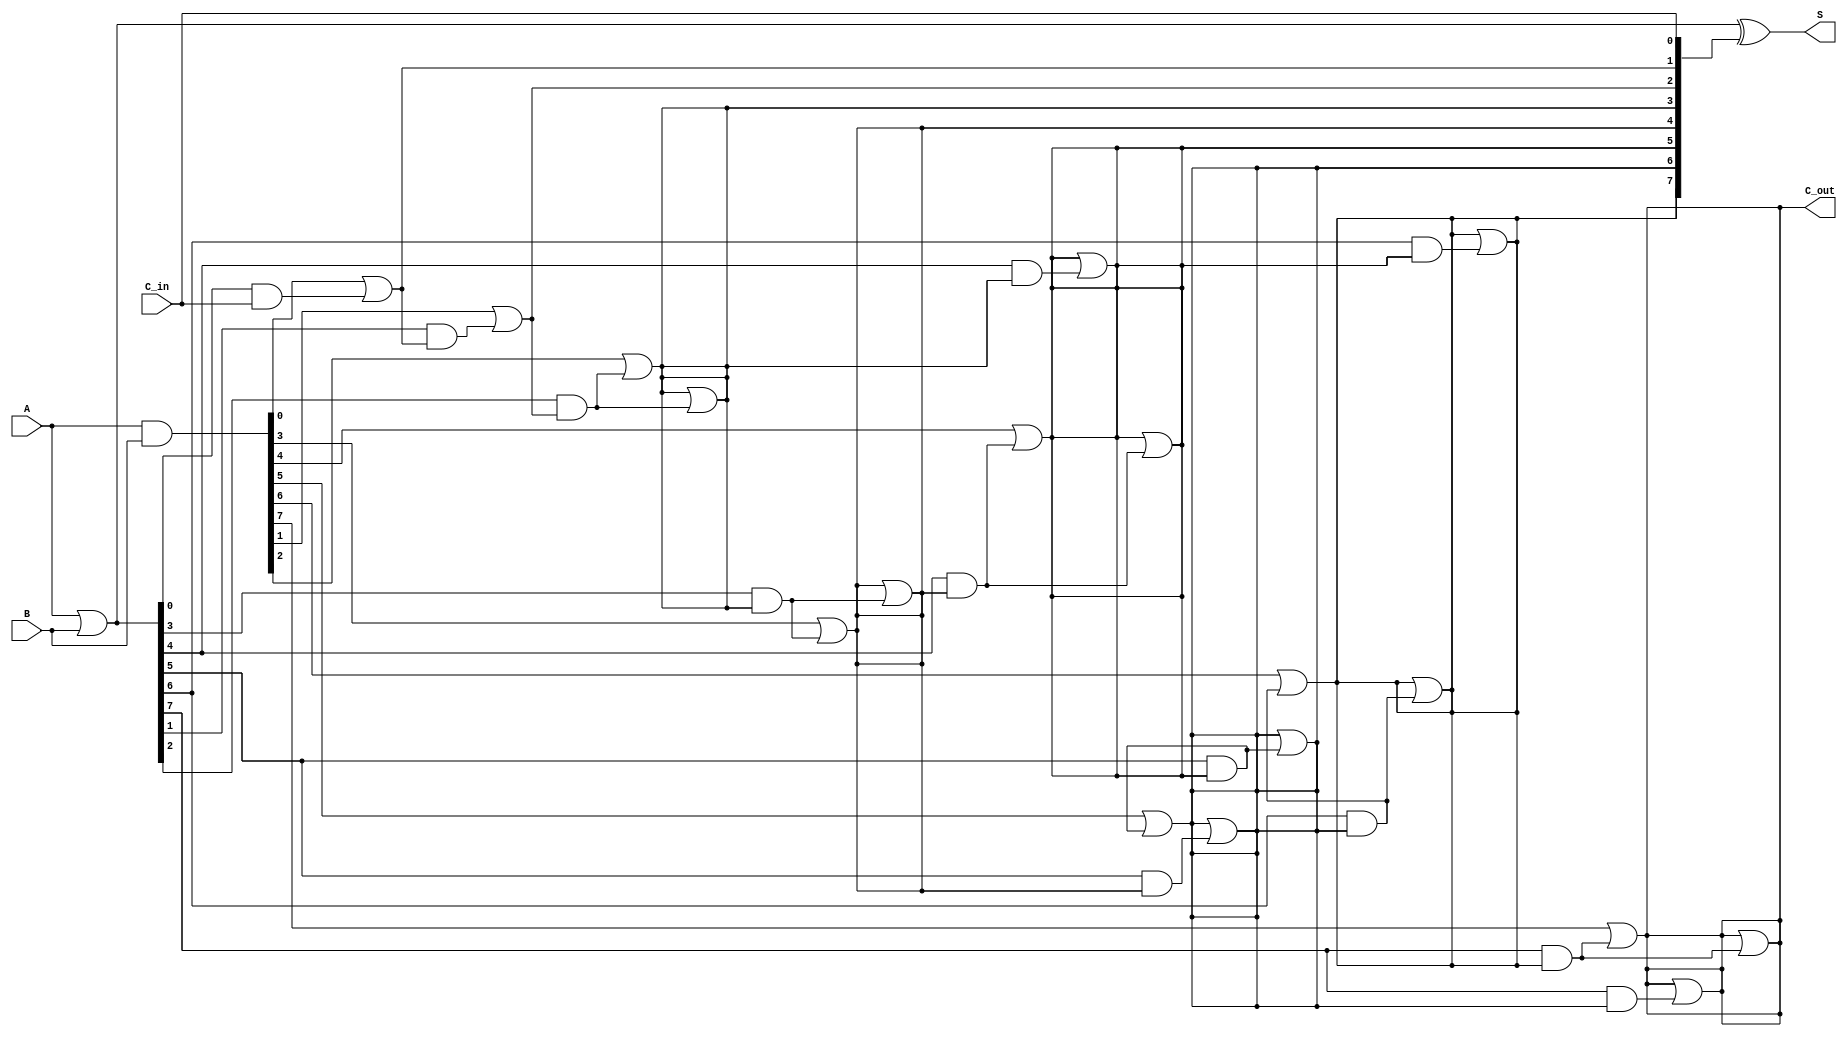
module KoggeStoneAdder #(parameter N = 8) (
    input  [N-1:0] A,    // First operand
    input  [N-1:0] B,    // Second operand
    input          C_in,  // Carry in
    output [N-1:0] S,     // Sum output
    output         C_out   // Carry out
);

    // Generate and Propagate signals
    wire [N-1:0] G; // Generate
    wire [N-1:0] P; // Propagate
    wire [N:0] C;   // Carry bits

    // Generate and Propagate calculations
    assign G = A & B;          // Generate
    assign P = A | B;          // Propagate

    // Carry initialization
    assign C[0] = C_in;

    // Carry generation using Kogge-Stone logic
    genvar i, j;
    generate
        // Level 1
        for (i = 0; i < N; i = i + 1) begin : level1
            if (i == 0) begin
                assign C[i + 1] = G[i] | (P[i] & C[0]);
            end else begin
                assign C[i + 1] = G[i] | (P[i] & C[i]);
            end
        end

        // Higher levels
        for (j = 1; j < $clog2(N); j = j + 1) begin : higher_levels
            for (i = 0; i < N; i = i + 1) begin : level
                if (i >= (1 << j)) begin
                    assign C[i + 1] = C[i + 1] | (P[i] & C[i - (1 << (j - 1)) + 1]);
                end
            end
        end
    endgenerate

    // Sum calculation
    assign S = P ^ C[N-1:0]; // Sum calculation as P[i] XOR C[i]

    // Carry out
    assign C_out = C[N];

endmodule